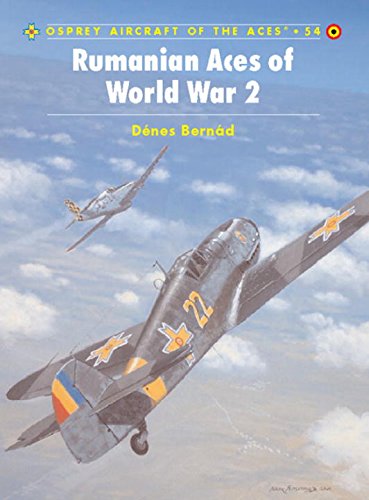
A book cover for Rumanian Aces of World War 2; Denes Bernad; History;